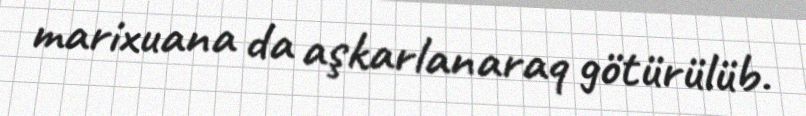
marixuana da aşkarlanaraq götürülüb.